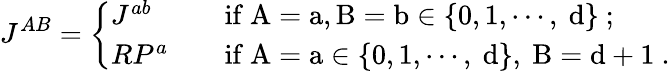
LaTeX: J^{AB}=\left\{ \begin{array}{ll}{{J^{ab}}}&{{\mathrm{if~A=a,B=b\in\{ 0,1,\cdots,~d\} ~;}}}\\ {{RP^{a}\quad}}&{{\mathrm{if~A=a\in\{ 0,1,\cdots,~d\} ,~B=d+1~.}}}\end{array}\right.